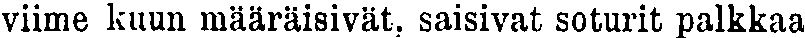
viime kuun määräisivät, saisivat soturit palkkaa